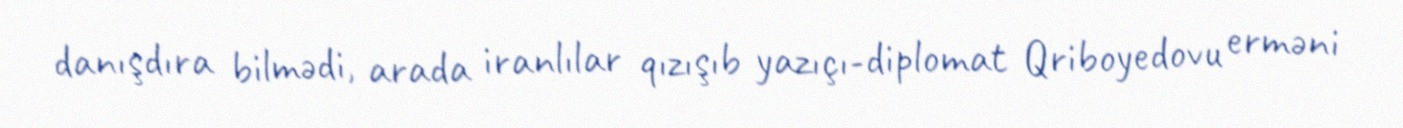
danışdıra bilmədi, arada iranlılar qızışıb yazıçı-diplomat Qriboyedovu erməni